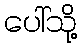
ပေါ်သို့